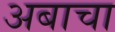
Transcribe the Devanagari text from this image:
अबाचा